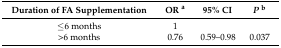
<table><thead><tr><td><b>Duration of FA Supplementation</b></td><td><b>OR <sup>a</sup></b></td><td><b>95% CI</b></td><td><b><i>P</i><sup>b</sup></b></td></tr></thead><tbody><tr><td>≤6 months</td><td>1</td><td>[EMPTY_CELL]</td><td>[EMPTY_CELL]</td></tr><tr><td>&gt;6 months</td><td>0.76</td><td>0.59–0.98</td><td>0.037</td></tr></tbody></table>